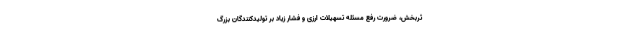
ثربخش، ضرورت رفع مسئله تسهیلات ارزی و فشار زیاد بر تولیدکنندگان بزرگ